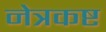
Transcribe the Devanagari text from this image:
नेत्रकष्ट